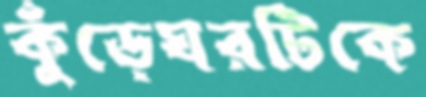
কুঁড়েঘরটিকে